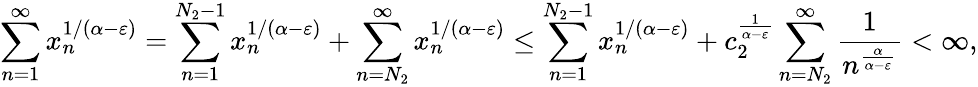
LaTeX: \sum_{n=1}^{\infty}x_{n}^{1/(\alpha-\varepsilon)}=\sum_{n=1}^{N_{2}-1}x_{n}^{1/(\alpha-\varepsilon)}+\sum_{n={N_{2}}}^{\infty}x_{n}^{1/(\alpha-\varepsilon)}\leq\sum_{n=1}^{N_{2}-1}x_{n}^{1/(\alpha-\varepsilon)}+c_{2}^{\frac{1}{\alpha-\varepsilon}}\sum_{n={N_{2}}}^{\infty}\frac{1}{n^{\frac{\alpha}{\alpha-\varepsilon}}}<\infty,